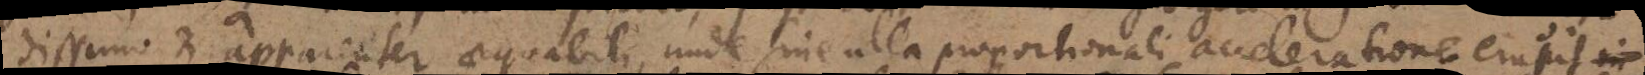
dissimo et apparenter aequabili, unde sine ulla proportionali acceleratione erupit